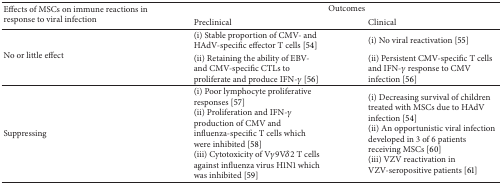
| <ROWSPAN=2> Effects of MSCs on immune reactions in response to viral infection | <COLSPAN=2> Outcomes |
 | Preclinical | Clinical |
 | --- | --- | --- |
 | <ROWSPAN=2> No or little effect | (i) Stable proportion of CMV- and HAdV-specific effector T cells [54] | (i) No viral reactivation [55] |
 | (ii) Retaining the ability of EBV- and CMV-specific CTLs to proliferate and produce IFN-γ [56] | (ii) Persistent CMV-specific T cells and IFN-γ response to CMV infection [56] |
 | Suppressing | (i) Poor lymphocyte proliferative responses [57](ii) Proliferation and IFN-γ production of CMV and influenza-specific T cells which were inhibited [58](iii) Cytotoxicity of Vγ9Vδ2 T cells against influenza virus H1N1 which was inhibited [59] | (i) Decreasing survival of children treated with MSCs due to HAdV infection [54](ii) An opportunistic viral infection developed in 3 of 6 patients receiving MSCs [60](iii) VZV reactivation in VZV-seropositive patients [61] |